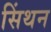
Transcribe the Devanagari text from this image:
सिंथन